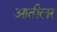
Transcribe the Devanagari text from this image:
आतीलर